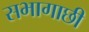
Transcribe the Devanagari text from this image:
सभागाछी